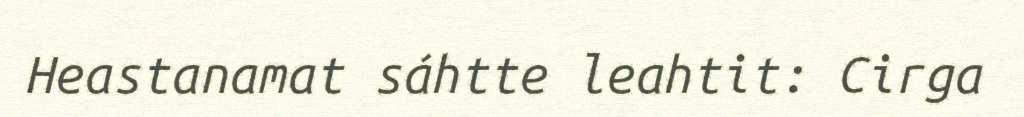
Heastanamat sáhtte leahtit: Cirga